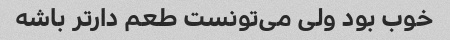
خوب بود ولی می‌تونست طعم دارتر باشه